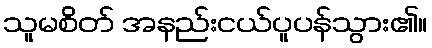
သူမစိတ် အနည်းငယ်ပူပန်သွား၏။